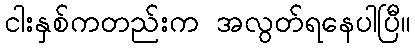
ငါးနှစ်ကတည်းက အလွတ်ရနေပါပြီ။